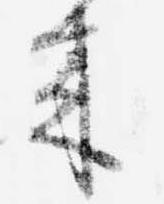
来